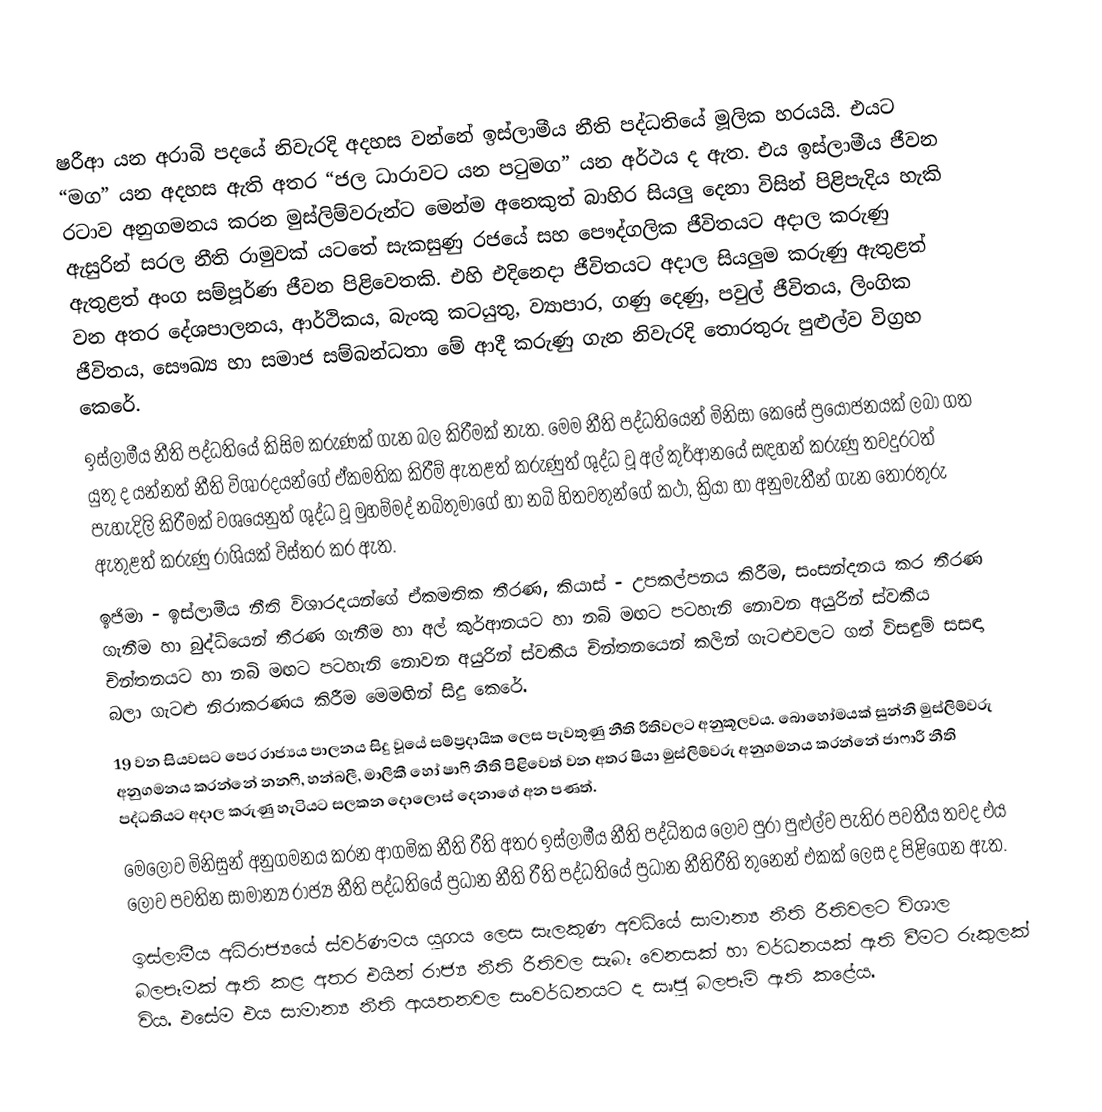
ෂරීආ යන අරාබි පදයේ නිවැරදි අදහස වන්නේ ඉස්ලාමීය නීති පද්ධතියේ මූලික හරයයි. එයට “මග” යන අදහස ඇති අතර “ජල ධාරාවට යන පටුමග” යන අර්ථය ද ඇත. එය ඉස්ලාමීය ජීවන රටාව අනුගමනය කරන මුස්ලිම්වරුන්ට මෙන්ම අනෙකුත් බාහිර සියලු දෙනා විසින් පිළිපැදිය හැකි ඇසුරින් සරල නීති රාමුවක් යටතේ සැකසුණු රජයේ සහ පෞද්ගලික ජීවිතයට අදාල කරුණු ඇතුළත් අංග සම්පූර්ණ ජීවන පිළිවෙතකි. එහි එදිනෙදා ජීවිතයට අදාල සියලුම කරුණු ඇතුළත් වන අතර දේශපාලනය, ආර්ථිකය, බැංකු කටයුතු, ව්‍යාපාර, ගණු දෙණු, පවුල් ජීවිතය, ලිංගික ජීවිතය, සෞඛ්‍ය හා සමාජ සම්බන්ධතා මේ ආදී කරුණු ගැන නිවැරදි තොරතුරු පුළුල්ව විග්‍රහ කෙරේ.
ඉස්ලාමීය නීති පද්ධතියේ කිසිම කරුණක් ගැන බල කිරීමක් නැත. මෙම නීති පද්ධතියෙන් මිනිසා කෙසේ ප්‍රයෝජනයක් ලබා ගත යුතු ද යන්නත් නීති විශාරදයන්ගේ ඒකමතික කිරීම් ඇතළත් කරුණුත් ශුද්ධ වූ අල් කුර්ආනයේ සඳහන් කරුණු තවදුරටත් පැහැදිලි කිරීමක් වශයෙනුත් ශුද්ධ වූ මුහම්මද් නබිතුමාගේ හා නබි හිතවතුන්ගේ කථා, ක්‍රියා හා අනුමැතීන් ගැන තොරතුරු ඇතුළත් කරුණු රාශියක් විස්තර කර ඇත.
ඉජිමා - ඉස්ලාමීය නීති විශාරදයන්ගේ ඒකමතික තීරණ, කියාස් - උපකල්පනය කිරීම, සංසන්දනය කර තීරණ ගැනීම හා බුද්ධියෙන් තීරණ ගැනීම හා අල් කුර්ආනයට හා නබි මඟට පටහැනි නොවන අයුරින් ස්වකීය චින්තන‍යට හා නබි මඟට පටහැනි නොවන අයුරින් ස්වකීය චින්තනයෙන් කලින් ගැටළුවලට ගත් විසඳුම් සසඳා බලා ගැටළු නිරාකරණය කිරීම මෙමඟින් සිදු කෙරේ.
19 වන සියවසට පෙර රාජ්‍යය පාලනය සිදු වූයේ සම්ප්‍රදායික ලෙස පැවතුණු නීති රීතිවලට අනුකූලවය. බොහෝමයක් සුන්නි මුස්ලිම්වරු අනුගමනය කරන්නේ නනෆි, හන්බලී, මාලිකී හෝ ෂාෆි නීති පිළිවෙත් වන අතර ෂියා මුස්ලිම්වරු අනුගමනය කරන්නේ ජාෆාරී නීති පද්ධතියට අදාල කරුණු හැටියට සලකන දොලොස් දෙනා‍ගේ අන පණත්.
මෙලොව මිනිසුන් අනුගමනය කරන ආගමික නීති රීති අතර ඉස්ලාමීය නීති පද්ධිතය ලොව පුරා පුළුල්ව පැතිර පවතීය තවද එය ලොව පවතින සාමාන්‍ය රාජ්‍ය නීති පද්ධතියේ ප්‍රධාන නීති රීති පද්ධතියේ ප්‍රධාන නීතිරීති තුනෙන් එකක් ලෙස ද පිළිගෙන ඇත.
ඉස්ලාමීය අධිරාජ්‍යයේ ස්වර්ණමය යුගය ලෙස සැලකුණ අවධියේ සාමාන්‍ය නීති රීතිවලට විශාල බලපෑමක් ඇති කළ අතර එයින් රාජ්‍ය නීති රීතිවල සැබෑ වෙනසක් හා වර්ධනයක් ඇති වීමට රුකුලක් විය. එසේම එය සාමාන්‍ය නීති ආයතනවල සංවර්ධනයට  ද සෘජු බලපෑම් ඇති කළේය.